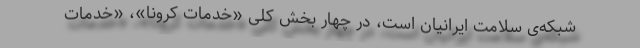
شبکه‌ی سلامت ایرانیان است، در چهار بخش کلی «خدمات کرونا»، «خدمات